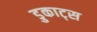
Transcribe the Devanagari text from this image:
डुकाट्स